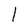
Character: l